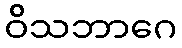
ဝိသဘာဂေ